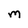
Character: M